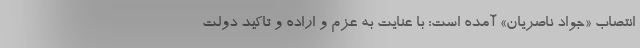
انتصاب «جواد ناصریان» آمده است: با عنایت به عزم و اراده و تاکید دولت